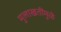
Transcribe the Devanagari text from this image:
मुलाखतींमुळे